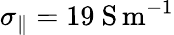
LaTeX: \sigma_{\parallel}=19\ \mathrm{S\, m^{-1}}